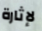
لإثارة